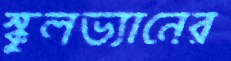
স্কুলভ্যানের